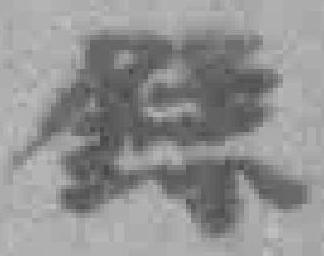
錄